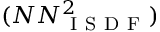
( N N _ { \mathrm { ~ I ~ S ~ D ~ F ~ } } ^ { 2 } )